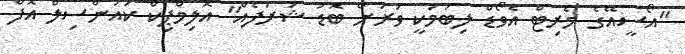
"އޯސީއޭގެ މެރިޓް އެވޯޑް ލިބުމަކީ ވަރަށް ބޮޑު ޝަރަފެއް" އޮލިމްޕިކް ކައުންސިލް އޮފް